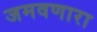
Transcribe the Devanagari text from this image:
जमवणारा